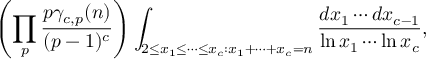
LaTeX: \left( \prod _ { p } { \frac { p \gamma _ { c , p } ( n ) } { ( p - 1 ) ^ { c } } } \right) \int _ { 2 \leq x _ { 1 } \leq \cdots \leq x _ { c } : x _ { 1 } + \cdots + x _ { c } = n } { \frac { d x _ { 1 } \cdots d x _ { c - 1 } } { \ln x _ { 1 } \cdots \ln x _ { c } } } ,